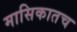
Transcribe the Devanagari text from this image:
मासिकातच